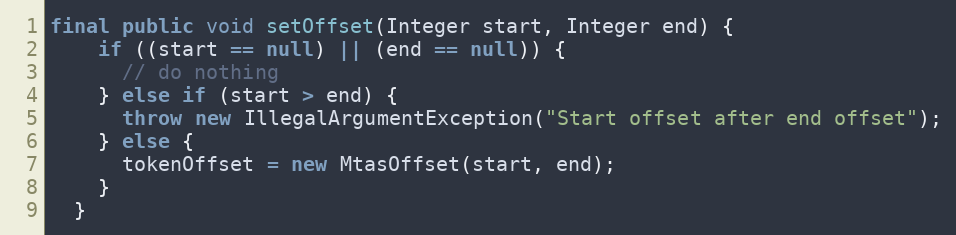
Language: Java
final public void setOffset(Integer start, Integer end) {
    if ((start == null) || (end == null)) {
      // do nothing
    } else if (start > end) {
      throw new IllegalArgumentException("Start offset after end offset");
    } else {
      tokenOffset = new MtasOffset(start, end);
    }
  }